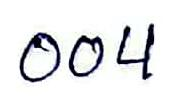
004